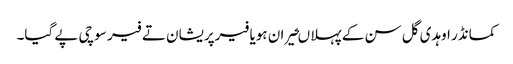
کمانڈر اوہدی گل سن کے پہلا ںحیران ہویا فیرپریشان تے فیر سوچی پے گیا۔